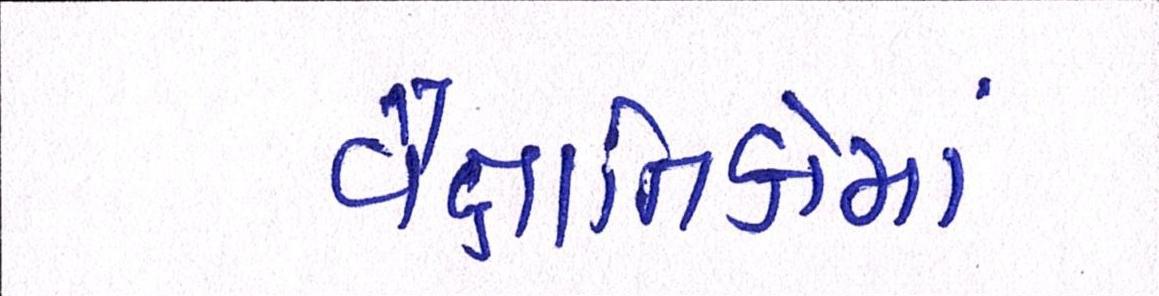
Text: વૈજ્ઞાાનિકોમાં